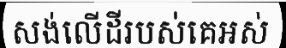
សង់លើដីរបស់គេអស់